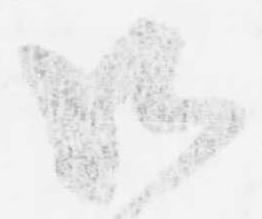
御